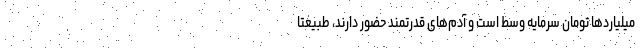
میلیاردها تومان سرمایه وسط است و آدم‌های قدرتمند حضور دارند، طبیعتاً